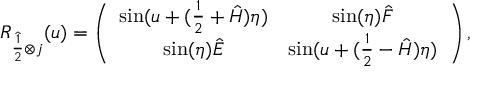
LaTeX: R _ { \hat { \frac 1 2 } \otimes j } ( u ) = \left( \begin{array} { c c c c } { { \sin ( u + ( \frac { 1 } { 2 } + \hat { H } ) \eta ) } } & { { \sin ( \eta ) \hat { F } } } \\ { { \sin ( \eta ) \hat { E } } } & { { \sin ( u + ( \frac { 1 } { 2 } - \hat { H } ) \eta ) } } \end{array} \right) ,